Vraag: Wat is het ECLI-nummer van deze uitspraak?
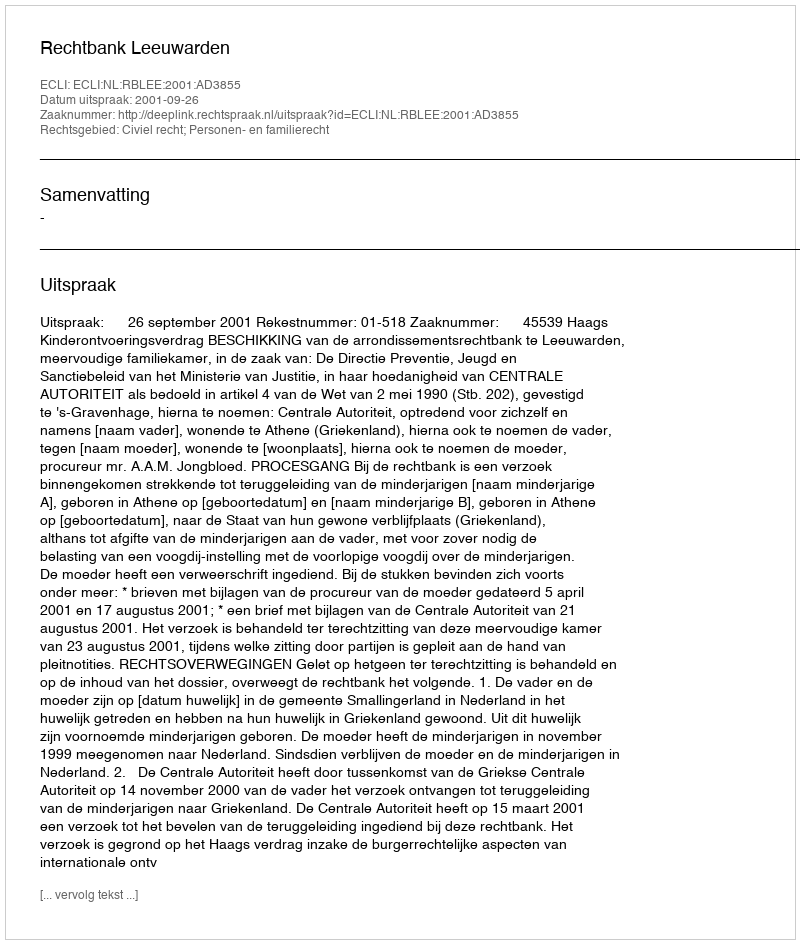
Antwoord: ECLI:NL:RBLEE:2001:AD3855